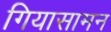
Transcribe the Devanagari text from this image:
गियासामन